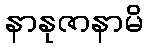
နာနုဇာနာမိ